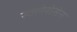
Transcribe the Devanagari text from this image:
स्क्लेरोसेस